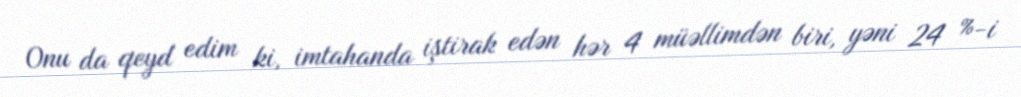
Onu da qeyd edim ki, imtahanda iştirak edən hər 4 müəllimdən biri, yəni 24 %-i